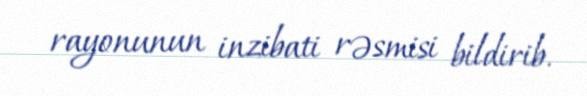
rayonunun inzibati rəsmisi bildirib.